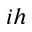
i h